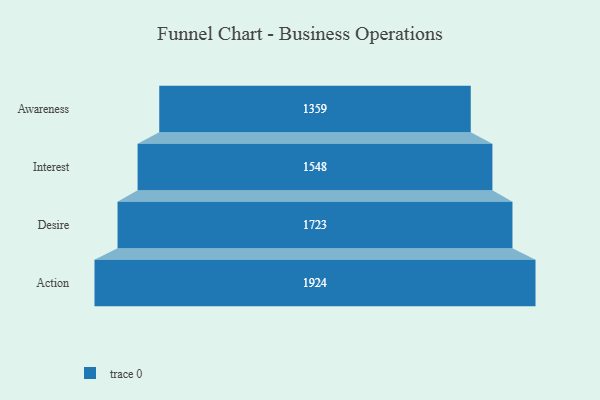
{"axis": {"x": "Stage", "y": "Value"}, "legend": [""], "data": [{"x": "Awareness", "y": 1359.0, "type": ""}, {"x": "Interest", "y": 1548.0, "type": ""}, {"x": "Desire", "y": 1723.0, "type": ""}, {"x": "Action", "y": 1924.0, "type": ""}]}